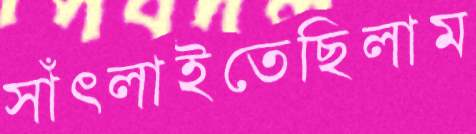
সাঁৎলাইতেছিলাম